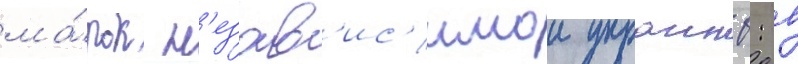
ма́рок н'езав'ис'имои украины: в